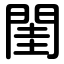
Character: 閨